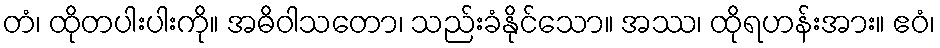
တံ၊ ထိုတပါးပါးကို။ အဓိဝါသတော၊ သည်းခံနိုင်သော။ အဿ၊ ထိုရဟန်းအား။ ဧဝံ၊